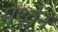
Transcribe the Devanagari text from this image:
मेथ्वेन